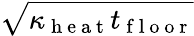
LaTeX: \sqrt{\kappa_{\mathrm{~h~e~a~t~}}t_{\mathrm{~f~l~o~o~r~}}}